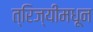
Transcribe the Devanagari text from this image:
त्रिज्यींमधून